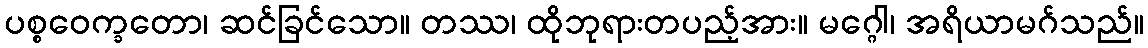
ပစ္စဝေက္ခတော၊ ဆင်ခြင်သော။ တဿ၊ ထိုဘုရားတပည့်အား။ မဂ္ဂေါ၊ အရိယာမဂ်သည်။